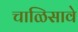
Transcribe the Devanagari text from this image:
चाळिसावे